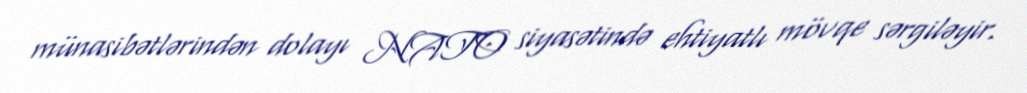
münasibətlərindən dolayı NATO siyasətində ehtiyatlı mövqe sərgiləyir.